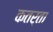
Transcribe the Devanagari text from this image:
कतर्ता